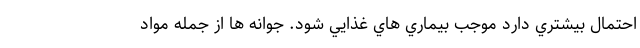
احتمال بيشتري دارد موجب بيماري هاي غذايي شود. جوانه ها از جمله مواد